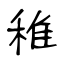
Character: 稚